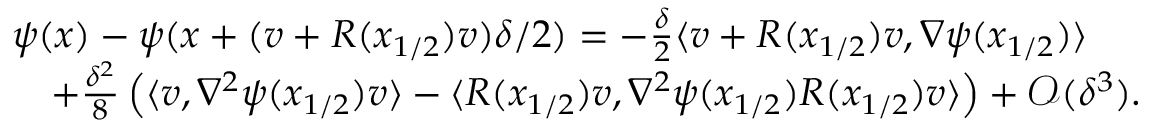
\begin{array} { r l } & { \psi ( x ) - \psi ( x + ( v + R ( x _ { 1 / 2 } ) v ) \delta / 2 ) = - \frac \delta 2 \langle v + R ( x _ { 1 / 2 } ) v , \nabla \psi ( x _ { 1 / 2 } ) \rangle } \\ & { \quad + \frac { \delta ^ { 2 } } { 8 } \left( \langle v , \nabla ^ { 2 } \psi ( x _ { 1 / 2 } ) v \rangle - \langle R ( x _ { 1 / 2 } ) v , \nabla ^ { 2 } \psi ( x _ { 1 / 2 } ) R ( x _ { 1 / 2 } ) v \rangle \right) + \mathcal { O } ( \delta ^ { 3 } ) . } \end{array}